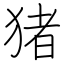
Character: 猪